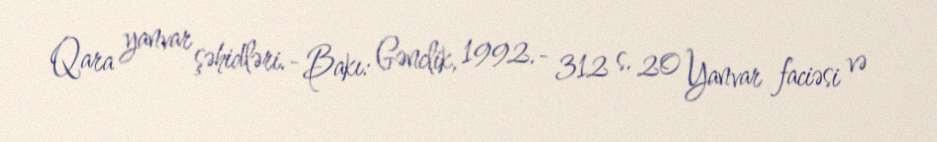
Qara yanvar şəhidləri.- Bakı: Gənclik, 1992.- 312 s. 20 Yanvar faciəsi və